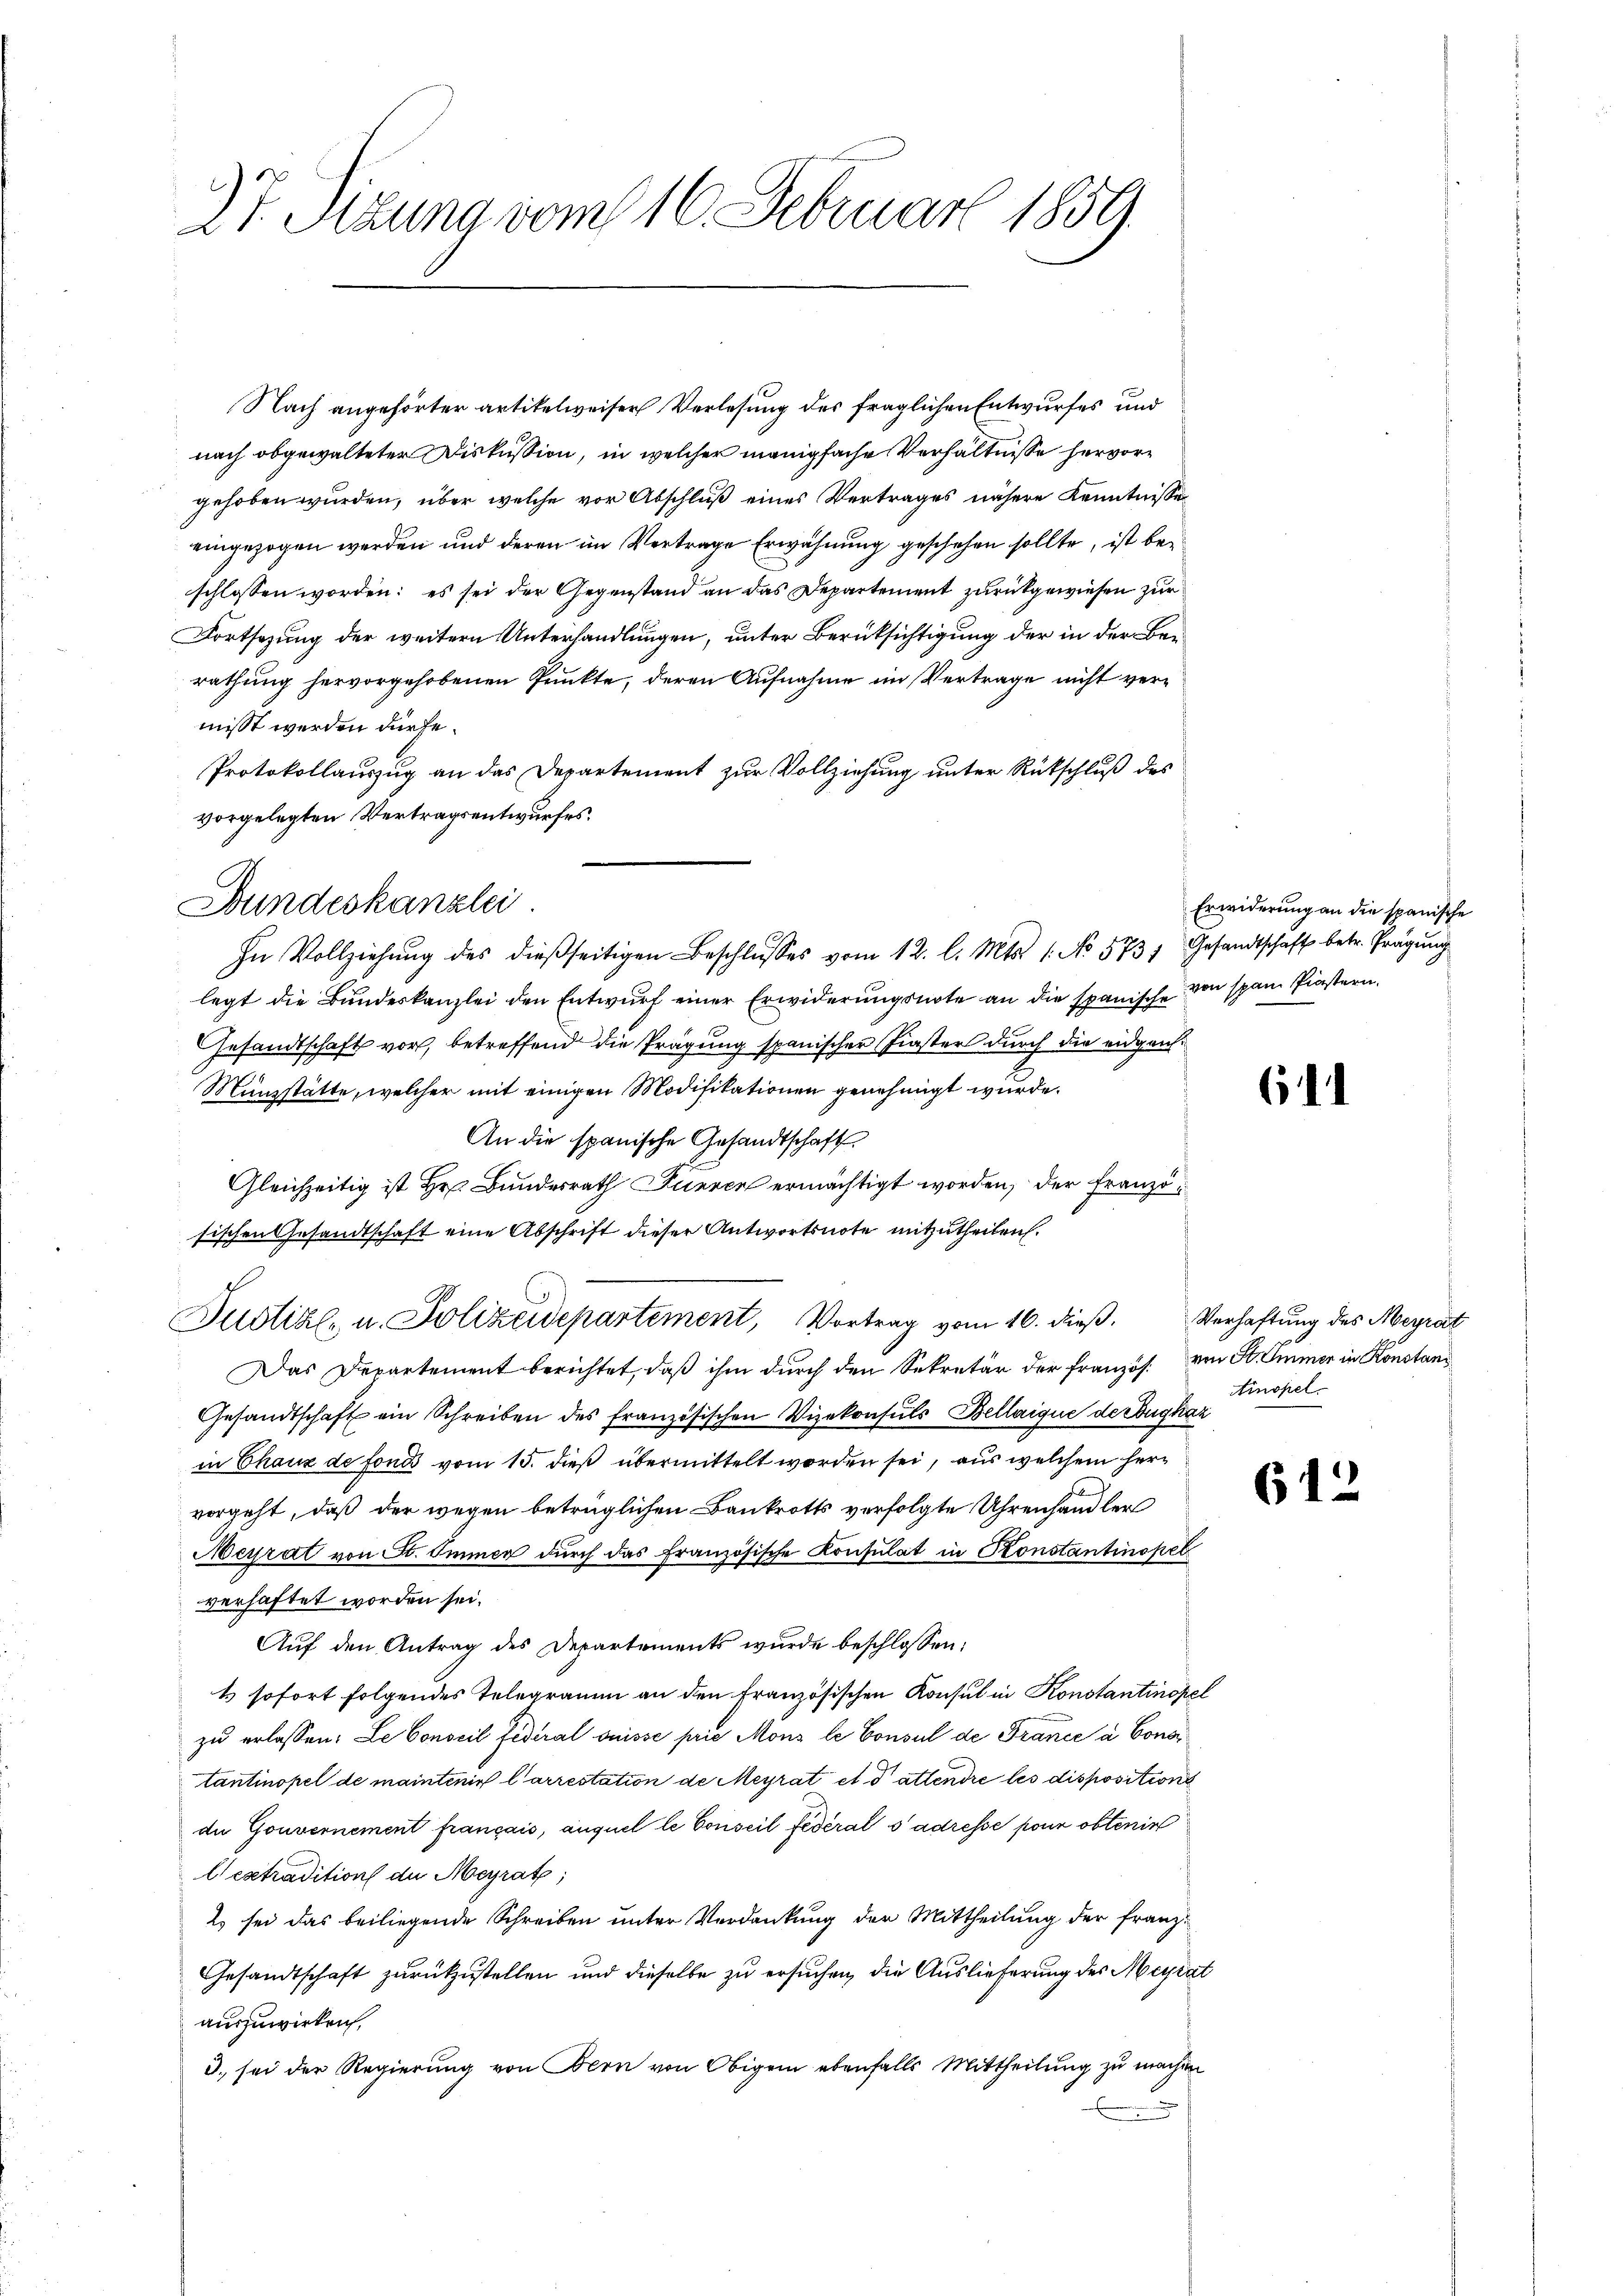
27. Sitzung vom 16. Februar 1859.

Nach angehörter artikelweiser Verlesung des fraglichen Entwurfes und
nach obgewalteter Diskussion, in welcher manigfache Verhältnisse hervorgehoben wurden, über welche vor Abschluß eines Vertrages nähere Kenntnisse
eingezogen werden und deren im Vertrage Erwähnung geschehen sollte, ist beschlossen worden: es sei der Gegenstand an das Departement zurückgewiesen zur
Fortsezung der weitern Unterhandlungen, unter Berüksichtigung der in der Bei
rathung hervorgehobenen Punkte, deren Aufnahme im Vertrage nicht vermisst werden dürfe.
Protokollauszug an das Departement zur Vollziehung unter Rückschluß des
vorgelegten Vertragsentwurfes.

Bundeskanzlei.
In Vollziehŭng des dießseitigen Beschlŭsses vom 12. l. Mts. 1. No 573, Gesandtschaft betr. Prägung

legt die Bundeskanzlei den Entwurf einer Erwiderungsnote an die spanische von span Piastern.
Gesandtschaft vor, betreffend die Prägung spanischer Finster durch die eidgan¬
Münzstätte, welcher mit einigen Modifikationen genehmigt wurde.
An die spanische Gesandtschaft
Gleichzeitig ist Hr. Bundesrath Fieren ermächtigt worden, der Französischen Gesandtschaft eine Abschrift dieser Antwortsnote mitzutheilen.
Justizle u. Polizeidepartement, Vortrag vom 16. dieβ. Verhaftung des Meyrat
Das Departement berichtet, daß ihm durch den Sekretär der Französ. von St. Immer in Konstand
Gesandtschaft ein Schreiben des französischen Vizekonsuls Bellaique de Dugkaz
in Chaux de fonds vom 15. dieß übermittelt worden sei, aus welchem hervorgeht, daß der wegen betrüglichen Baukrotts verfolgte Uhrenhandler
Meyrat von F. Immer durch das französische Konsulat in Konstantinopel
verhaftet worden sei.
Auf den Antrag des Departements wurde beschlossen:
4 sofort folgendes Telegramm an den französischen Konsul in Konstantinopel
zu erlassen: Le Conseil Federal Suisse prie Mons le Consul de France à Consi
tantinopel de maintenir l’arrestation de Meyrat et d attendre les disposition
de Gouvernement français, auquel le Conseil fédéral s adresse pour obtenir
lextradition der Meyrath,
l. sei das beiliegende Schreiben unter Verdankung der Mittheilung der franz¬
Gesandtschaft zurückzustellen und dieselbe zu ersuchen, die Auslieferung des Meyrat
auszuwirken,
3. sei der Regierung von Bern von Obigem ebenfalls Mittheilung zu machen

Erwiderung an die spanische

6

Ainopel.

612